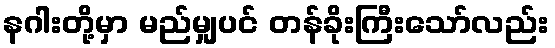
နဂါးတို့မှာ မည်မျှပင် တန်ခိုးကြီးသော်လည်း